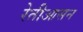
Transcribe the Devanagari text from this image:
रेतीआसन